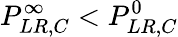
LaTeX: P_{LR,C}^{\infty}<P_{LR,C}^{0}